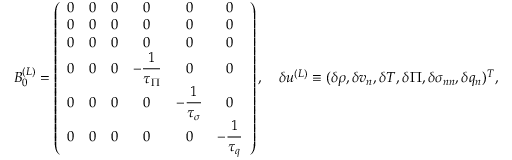
\begin{array} { r l } & { \boldsymbol { B } _ { 0 } ^ { ( L ) } = \left( \begin{array} { c c c c c c } { 0 } & { 0 } & { 0 } & { 0 } & { 0 } & { 0 } \\ { 0 } & { 0 } & { 0 } & { 0 } & { 0 } & { 0 } \\ { 0 } & { 0 } & { 0 } & { 0 } & { 0 } & { 0 } \\ { 0 } & { 0 } & { 0 } & { \displaystyle { - \frac { 1 } { \tau _ { \Pi } } } } & { 0 } & { 0 } \\ { 0 } & { 0 } & { 0 } & { 0 } & { \displaystyle { - \frac { 1 } { \tau _ { \sigma } } } } & { 0 } \\ { 0 } & { 0 } & { 0 } & { 0 } & { 0 } & { \displaystyle { - \frac { 1 } { \tau _ { q } } } } \end{array} \right) , \quad \delta \boldsymbol { u } ^ { ( L ) } \equiv ( \delta \rho , \delta v _ { n } , \delta T , \delta \Pi , \delta \sigma _ { n n } , \delta q _ { n } ) ^ { T } , } \end{array}